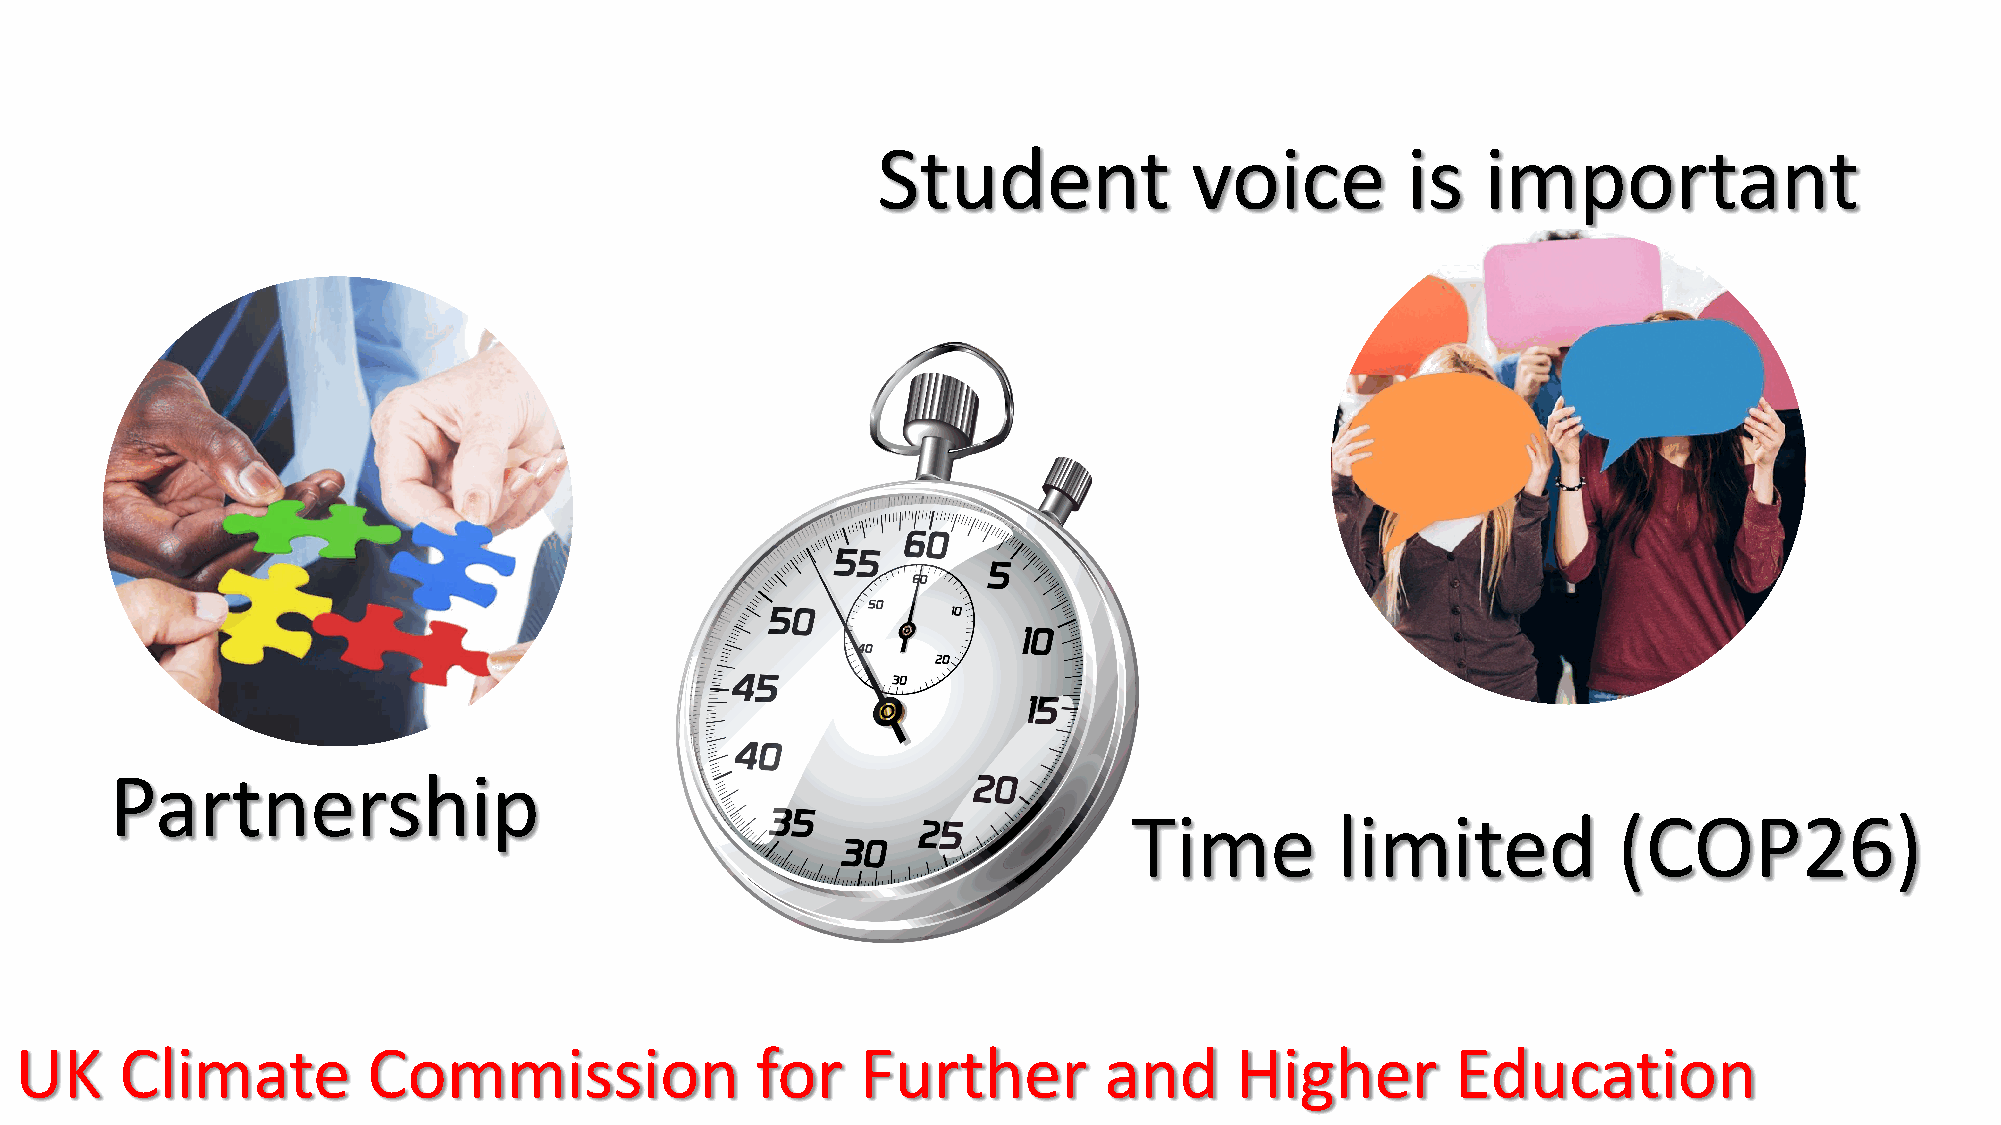
Student              voice         is   important
 Partnership
 Time         limited            (COP26)
 UK     Climate         Commission                for    Further         and      Higher        Education